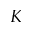
K